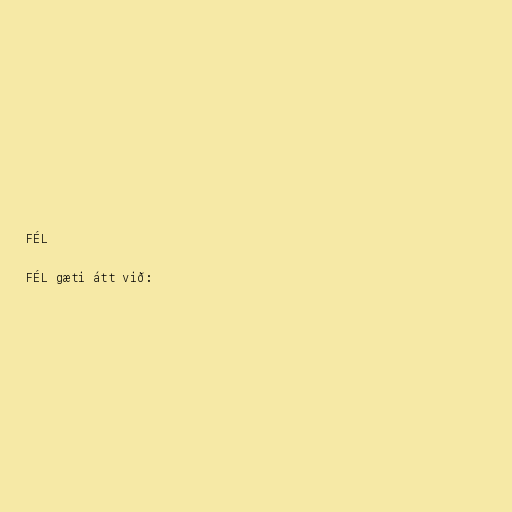
FÉL

FÉL gæti átt við: